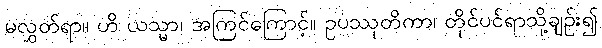
မလွှတ်ရာ။ ဟိ ယသ္မာ၊ အကြင်ကြောင့်။ ဥပဿုတိကာ၊ တိုင်ပင်ရာသို့ချဉ်း၍